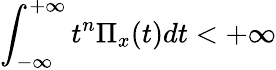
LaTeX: \int_{-\infty}^{+\infty}t^{n}\Pi_{x}(t)dt<+\infty